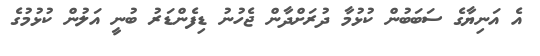
އެ އަނިޔާގެ ސަބަބުން ކުޅުމާ ދުރަށްދާން ޖެހުނު ޑިފެންޑަރު ބުނީ އަލުން ކުޅުމުގެ